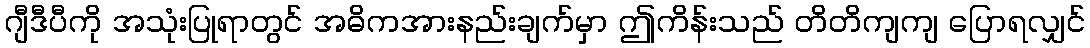
ဂျီဒီပီကို အသုံးပြုရာတွင် အဓိကအားနည်းချက်မှာ ဤကိန်းသည် တိတိကျကျ ပြောရလျှင်